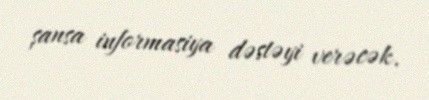
şansa informasiya dəstəyi verəcək.